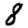
Digit: 8